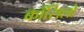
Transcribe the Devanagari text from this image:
काँसिलो